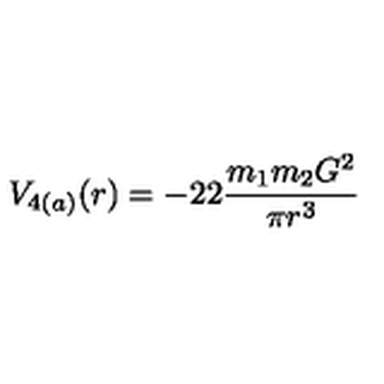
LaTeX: V _ { 4 ( a ) } ( r ) = - 2 2 \frac { m _ { 1 } m _ { 2 } G ^ { 2 } } { \pi r ^ { 3 } }